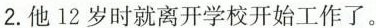
2.他12岁时就离开学校开始工作了。